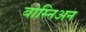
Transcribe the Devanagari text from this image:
बोस्निअन